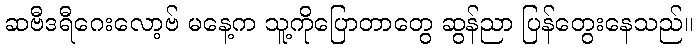
ဆဗီဒရီဂေးလော့ဗ် မနေ့က သူ့ကိုပြောတာတွေ ဆွန်ညာ ပြန်တွေးနေသည်။